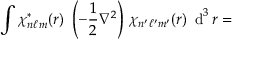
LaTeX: \int \chi _ { n \ell m } ^ { * } ( r ) ~ \left( - { \frac { 1 } { 2 } } \nabla ^ { 2 } \right) \, \chi _ { n ^ { \prime } \ell ^ { \prime } m ^ { \prime } } ( r ) ~ \operatorname { d } ^ { 3 } r =